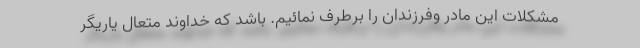
مشکلات این مادر وفرزندان را برطرف نمائیم. باشد که خداوند متعال یاریگر